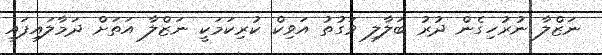
ނަޒްލާ ނުރުހިގެން ދުރު ބަލާލި ވަގުތު އަވިކް ކުރިކަމަކީ ނަޒްލާ އަތަށް ދަމާލައިފައި